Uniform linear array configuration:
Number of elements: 8
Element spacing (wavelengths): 1
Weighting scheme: kaiser
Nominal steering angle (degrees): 30
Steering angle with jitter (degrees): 29.179
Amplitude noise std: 0.05
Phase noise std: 0.05

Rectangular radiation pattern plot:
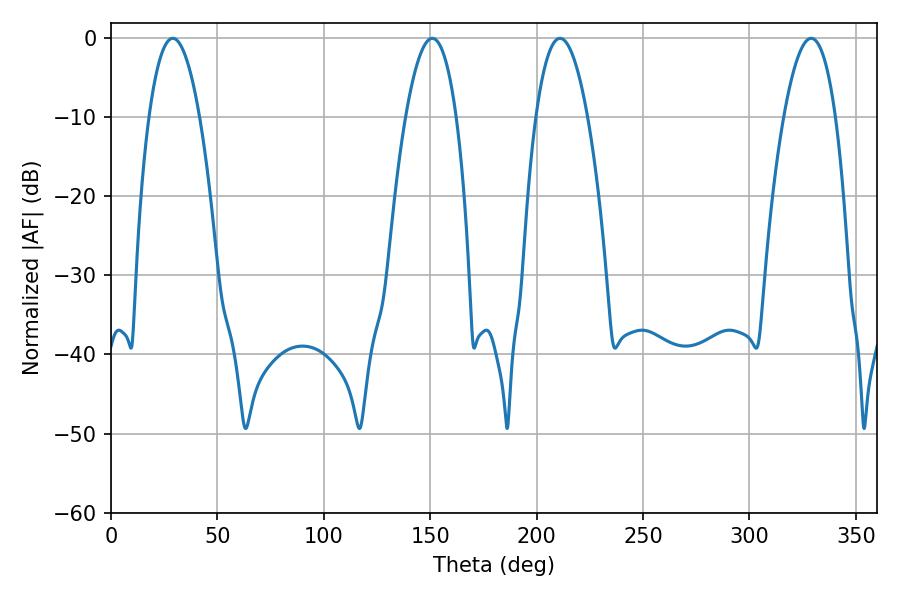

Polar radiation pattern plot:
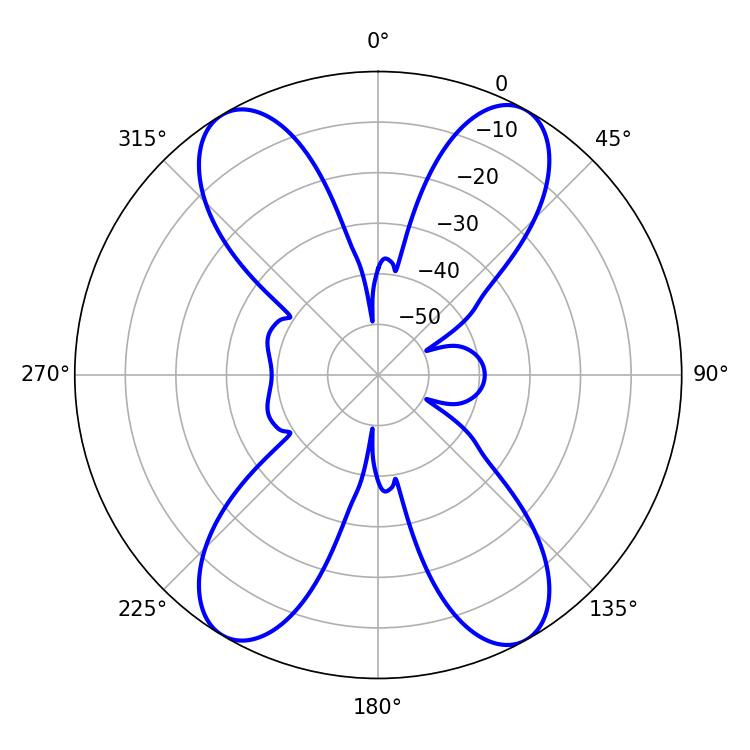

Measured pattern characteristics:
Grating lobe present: TRUE
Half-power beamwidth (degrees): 13.5
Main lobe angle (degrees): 210.96